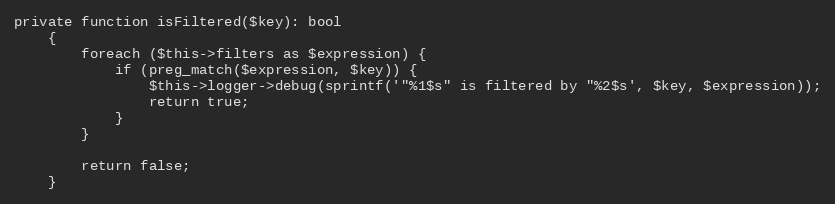
Language: PHP
private function isFiltered($key): bool
    {
        foreach ($this->filters as $expression) {
            if (preg_match($expression, $key)) {
                $this->logger->debug(sprintf('"%1$s" is filtered by "%2$s', $key, $expression));
                return true;
            }
        }

        return false;
    }